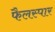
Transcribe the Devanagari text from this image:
फैलस्पार